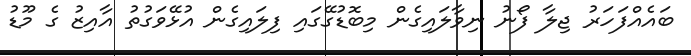
ބައެއްފަހަރު ޖިލާ ފޯނު ނިވާލައިގެން މިބޮޑުގޭގައި ފިލައިގެން އުޅޭވަގުތު އާއިޒު ގެ މޫޑު